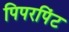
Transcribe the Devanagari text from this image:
पिपरपिंट